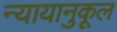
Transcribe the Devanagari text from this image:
न्यायानुकूल